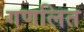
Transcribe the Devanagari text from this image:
गणलित